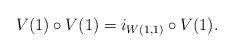
\begin{align*}V(1) \circ V(1) = i_{W(1, 1)} \circ V(1).\end{align*}